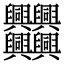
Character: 𠔻